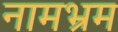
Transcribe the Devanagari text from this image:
नामभ्रम